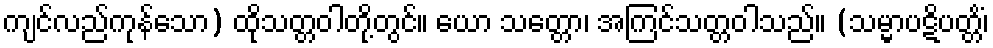
ကျင်လည်ကုန်သော) ထိုသတ္တဝါတို့တွင်။ ယော သတ္တော၊ အကြင်သတ္တဝါသည်။ (သမ္မာပဋိပတ္တိံ၊